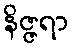
နိဇ္ဇရာ